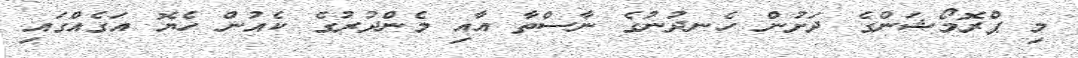
މި ޕްރޮމޯޝަންގެ ދަށުން ހެނދުނުގެ ނާސްތާ އާއި މެންދުރުގެ ކެއުން ހެޔޮ އަގެއްގައި